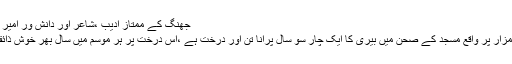
جھنگ کے ممتاز ادیب ،شاعر اور دانش ور امیر اختر بھٹی نے مجھے بتایا:
’’ حضرت سلطان باہو کے مزار پر واقع مسجد کے صحن میں بیری کا ایک چار سو سال پرانا تن اور درخت ہے ،اس درخت پر ہر موسم میں سال بھر خوش ذائقہ بیری کے پھل لگتے ہیں۔